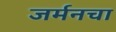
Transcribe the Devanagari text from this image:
जर्मनचा